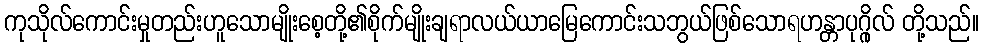
ကုသိုလ်ကောင်းမှုတည်းဟူသောမျိုးစေ့တို့၏စိုက်မျိုးချရာလယ်ယာမြေကောင်းသဘွယ်ဖြစ်သောရဟန္တာပုဂ္ဂိုလ် တို့သည်။